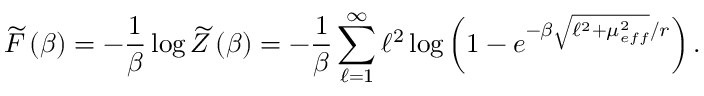
\widetilde { F } \left( \beta \right) = - \frac { 1 } { \beta } \log \widetilde { Z } \left( \beta \right) = - \frac { 1 } { \beta } \sum _ { \ell = 1 } ^ { \infty } \ell ^ { 2 } \log \left( 1 - e ^ { - \beta \sqrt { \ell ^ { 2 } + \mu _ { e f f } ^ { 2 } } / r } \right) .